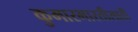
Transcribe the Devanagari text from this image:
कुमारभारतीसाठी